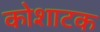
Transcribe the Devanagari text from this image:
कोशाटक